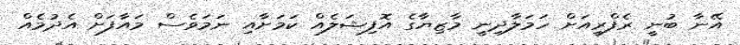
އޭނާ ބުނީ ރެފްރީއަށް ހަމަލާދިނީ މާޒިޔާގެ އޮފިޝަލެއް ކަމަށާއި ނަމަވެސް މައާފަށް އެދުމެއް